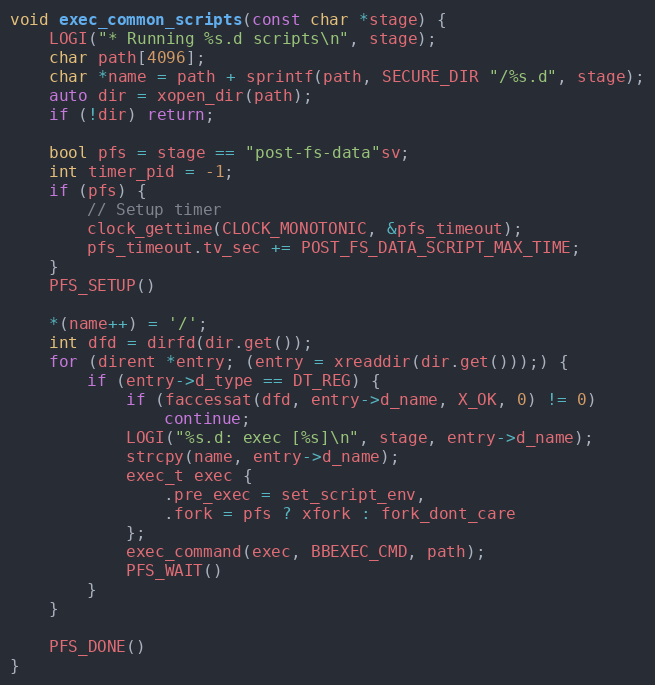
Language: C++
void exec_common_scripts(const char *stage) {
    LOGI("* Running %s.d scripts\n", stage);
    char path[4096];
    char *name = path + sprintf(path, SECURE_DIR "/%s.d", stage);
    auto dir = xopen_dir(path);
    if (!dir) return;

    bool pfs = stage == "post-fs-data"sv;
    int timer_pid = -1;
    if (pfs) {
        // Setup timer
        clock_gettime(CLOCK_MONOTONIC, &pfs_timeout);
        pfs_timeout.tv_sec += POST_FS_DATA_SCRIPT_MAX_TIME;
    }
    PFS_SETUP()

    *(name++) = '/';
    int dfd = dirfd(dir.get());
    for (dirent *entry; (entry = xreaddir(dir.get()));) {
        if (entry->d_type == DT_REG) {
            if (faccessat(dfd, entry->d_name, X_OK, 0) != 0)
                continue;
            LOGI("%s.d: exec [%s]\n", stage, entry->d_name);
            strcpy(name, entry->d_name);
            exec_t exec {
                .pre_exec = set_script_env,
                .fork = pfs ? xfork : fork_dont_care
            };
            exec_command(exec, BBEXEC_CMD, path);
            PFS_WAIT()
        }
    }

    PFS_DONE()
}